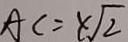
A C = 4 \sqrt { 2 }